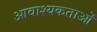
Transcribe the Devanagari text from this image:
आवाश्यकताओं